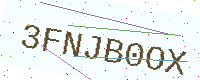
Text: 3FNJB0OX